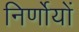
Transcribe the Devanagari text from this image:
निर्णोयों